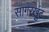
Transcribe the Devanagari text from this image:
सागरखुंट